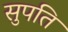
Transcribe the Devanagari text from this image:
सुपति